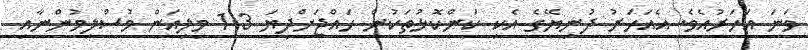
ވަނަ އަހަރުއެވެ. އެއަހަރު ދުނިޔޭގެ އެކި ކަންކޮޅުތަކުން ހައްޖަށްދިޔަ 1.3 މިލިއަން މުސްލިމުންނާއި